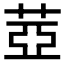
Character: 𦲕